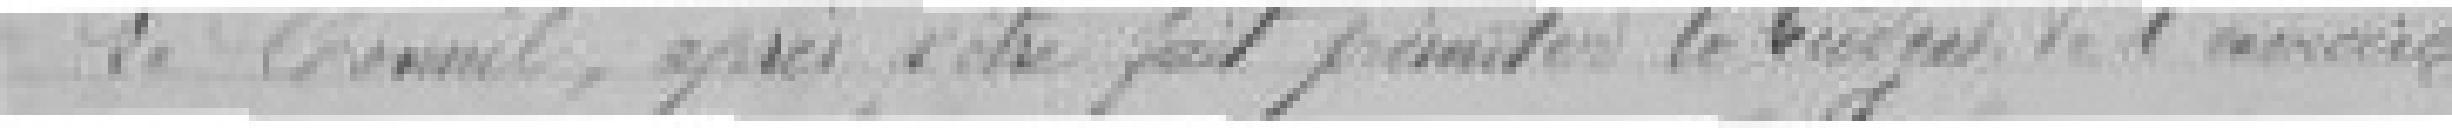
Le Conseil, après s'être fait présenté le budget de l'exercice